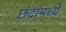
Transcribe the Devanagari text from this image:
छंदांमध्ये